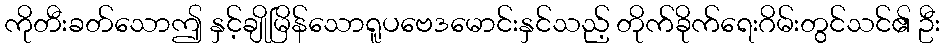
ကိုတီးခတ်သောဤ နှင့်ချိုမြိန်သောရူပဗေဒမောင်းနှင်သည့် တိုက်ခိုက်ရေးဂိမ်းတွင်သင်၏ ဦး